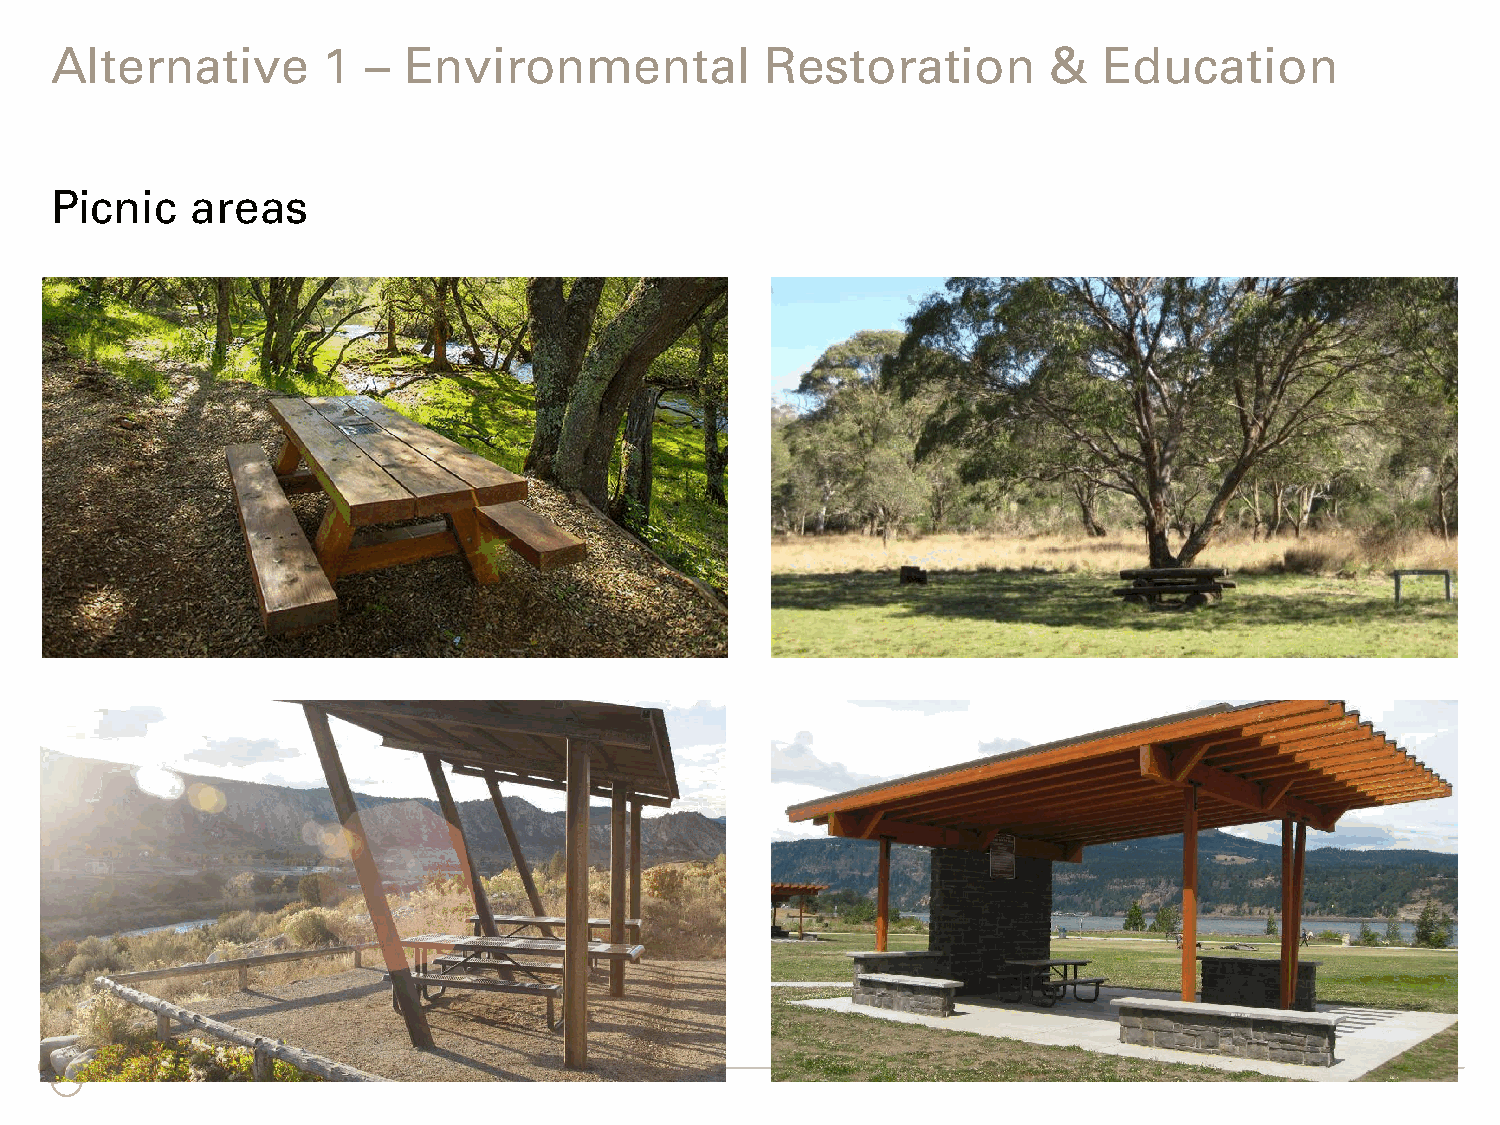
Alternative       1  –  Environmental           Restoration        &  Education
 Picnic    areas